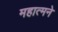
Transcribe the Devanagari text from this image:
महात्मने